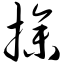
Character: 操